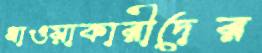
ধাওয়াকারীদের